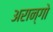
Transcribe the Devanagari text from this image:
अरान्गो